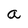
Character: a